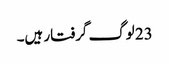
23 لوگ گرفتار ہیں۔